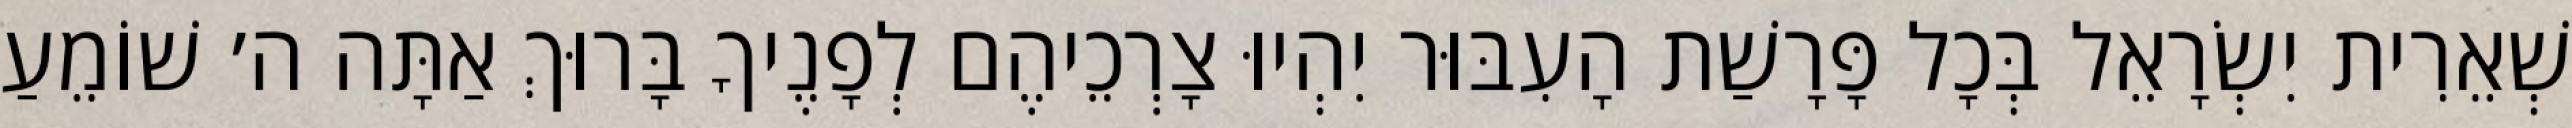
שְׁאֵרִית יִשְׂרָאֵל בְּכָל פָּרָשַׁת הָעִבּוּר יִהְיוּ צָרְכֵיהֶם לְפָנֶיךָ בָּרוּךְ אַתָּה ה׳ שׁוֹמֵעַ